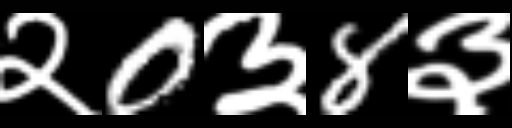
Text: २0३8३